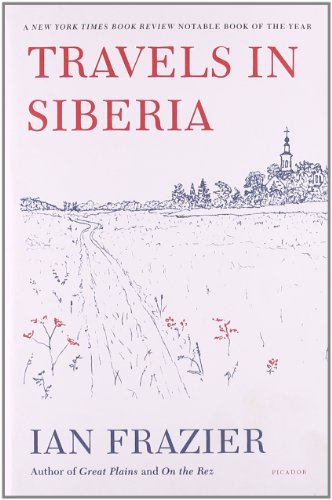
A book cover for Travels in Siberia; Ian Frazier; Travel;